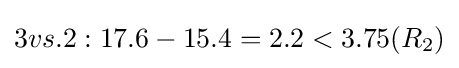
3vs.2:17.6-15.4=2.2<3.75(R_{2})